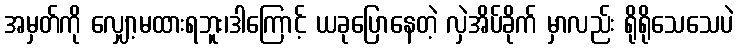
အမှတ်ကို လျှော့မထားရဘူး၊ဒါကြောင့် ယခုပြောနေတဲ့ လှဲအိပ်ခိုက် မှာလည်း ရိုရိုသေသေပဲ